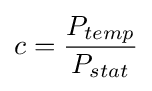
c={\frac {P_{temp}}{P_{stat}}}